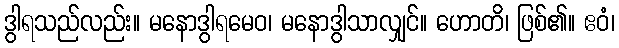
ဒွါရသည်လည်း။ မနောဒွါရမေဝ၊ မနောဒွါသာလျှင်။ ဟောတိ၊ ဖြစ်၏။ ဧဝံ၊